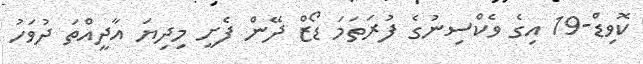
ކޮވިޑް-19 އިގެ ވެކްސިނުގެ ފުރަތަމަ ޑޯޒް ދޭން ފެށީ މިދިޔަ އާދީއްތަ ދުވަހު